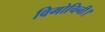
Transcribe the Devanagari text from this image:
विमोचिनी।